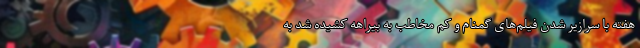
هفته با سرازیر شدن فیلم‌های گمنام و کم مخاطب به بیراهه کشیده شد به